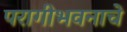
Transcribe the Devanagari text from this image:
परागीभवनाचे